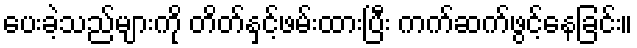
ပေးခဲ့သည်များကို တိတ်နှင့်ဖမ်းထားပြီး ကက်ဆက်ဖွင့်နေခြင်း။